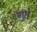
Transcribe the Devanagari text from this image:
गुंते